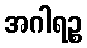
အဂါရဉ္စ